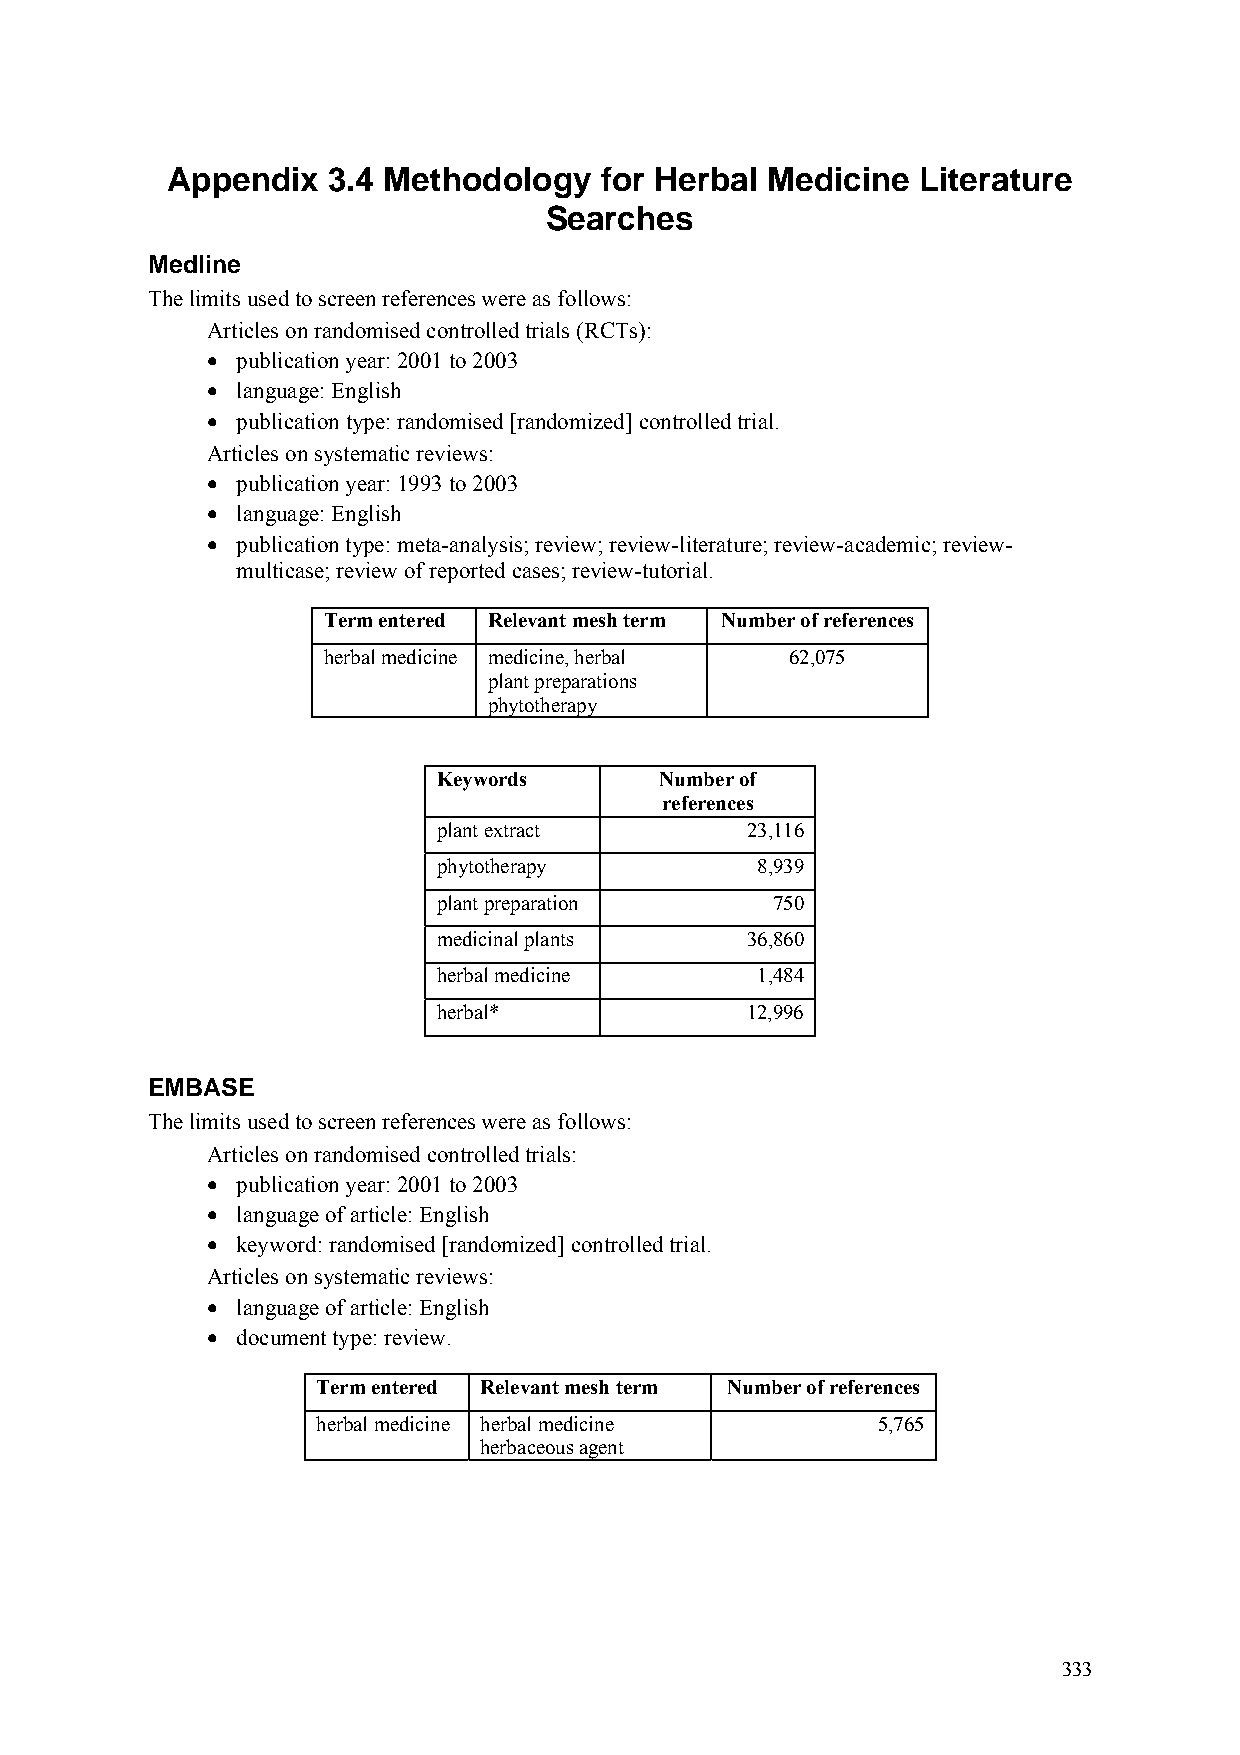
Appendix   3.4 Methodology   for Herbal Medicine  Literature
 Searches
 Medline
 The limits used to screen references were as follows:
 Articles on randomised controlled trials (RCTs):
 • publication year: 2001 to 2003
 • language: English
 • publication type: randomised [randomized] controlled trial.
 Articles on systematic reviews:
 • publication year: 1993 to 2003
 • language: English
 • publication type: meta-analysis; review; review-literature; review-academic; review-
 multicase; review of reported cases; review-tutorial.
 Term entered Relevant mesh term Number of references
 herbal medicine medicine, herbal 62,075
 plant preparations
 phytotherapy
 Keywords       Number of
 references
 plant extract       23,116
 phytotherapy         8,939
 plant preparation     750
 medicinal plants    36,860
 herbal medicine      1,484
 herbal*             12,996
 EMBASE
 The limits used to screen references were as follows:
 Articles on randomised controlled trials:
 • publication year: 2001 to 2003
 • language of article: English
 • keyword: randomised [randomized] controlled trial.
 Articles on systematic reviews:
 • language of article: English
 • document type: review.
 Term entered Relevant mesh term Number of references
 herbal medicine herbal medicine      5,765
 herbaceous agent
 333